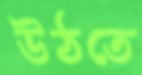
উঠতে